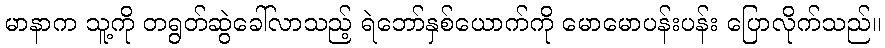
မာနာက သူ့ကို တရွတ်ဆွဲခေါ်လာသည့် ရဲဘော်နှစ်ယောက်ကို မောမောပန်းပန်း ပြောလိုက်သည်။